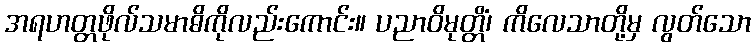
အရဟတ္တဖိုလ်သမာဓိကိုလည်းကောင်း။ ပညာဝိမုတ္တိံ၊ ကိလေသာတို့မှ လွတ်သော